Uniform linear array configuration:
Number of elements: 16
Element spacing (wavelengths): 0.75
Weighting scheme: uniform
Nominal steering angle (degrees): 45
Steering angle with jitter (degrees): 43.652
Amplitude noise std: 0.05
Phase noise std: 0.05

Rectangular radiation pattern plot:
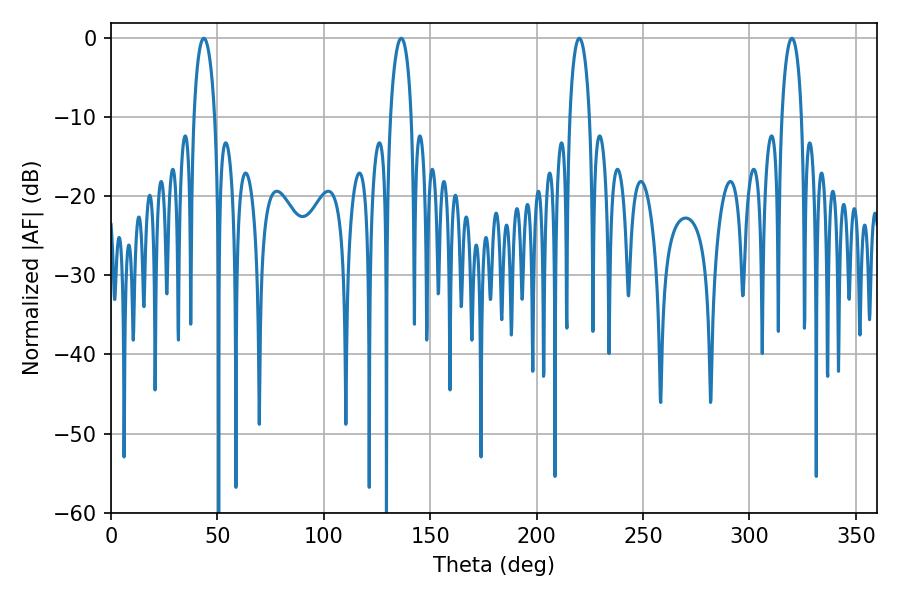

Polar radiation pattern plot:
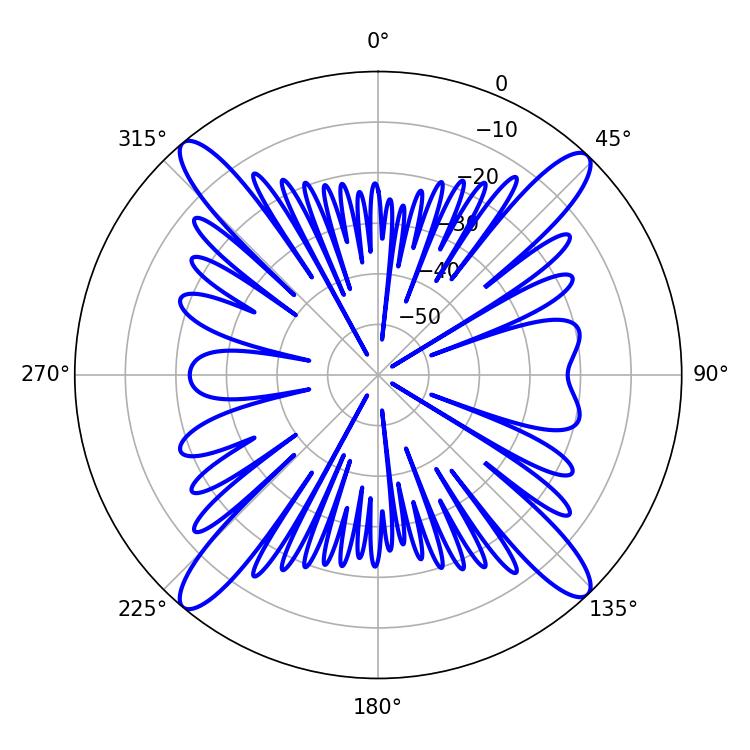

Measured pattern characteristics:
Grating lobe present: TRUE
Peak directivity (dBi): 20.274
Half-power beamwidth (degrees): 5.58
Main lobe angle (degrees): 43.56